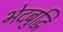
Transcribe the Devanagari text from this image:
भेदबुद्धि